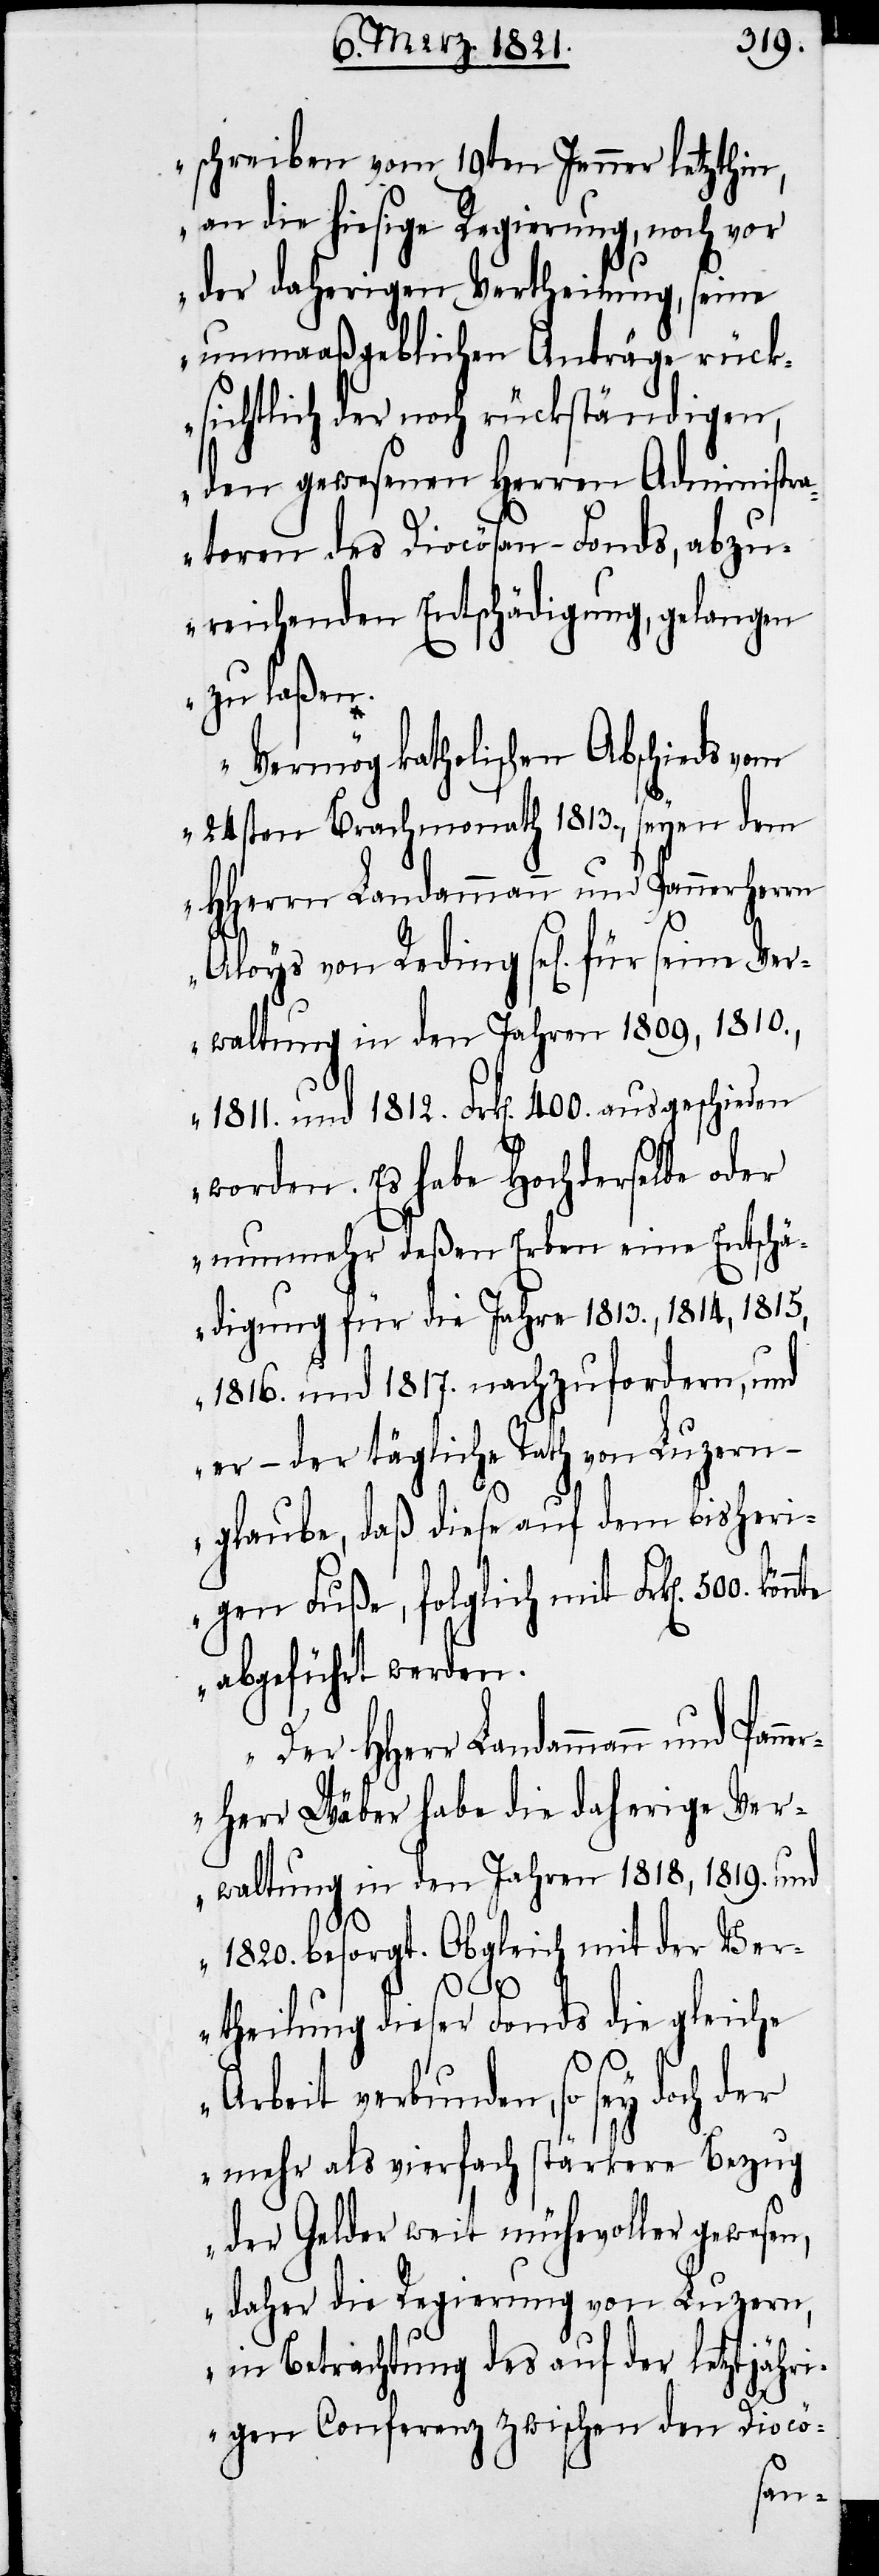
schreiben vom 19ten Jenner letzthin,
an die hiesige Regierung, noch vor
der daherigen Vertheilung, seine
unmaaßgeblichen Anträge rück¬
sichtlich der noch rückständigen,
den gewesenen Herren Administra¬
toren des Diocösan-Fonds, abzu¬
reichenden Entschädigung, gelangen
zu laßen.
Vermög katholischen Abschieds vom
24sten Brachmonath 1813, seyen dem
HHerr Landammann und Pannerher¬
Verwaltung in den Jahren 1809, 1810.,
1811. und 1812. Frk[en]. 400. ausgeschieden
worden. Es habe Hochderselbe oder
nunmehr deßen Erben eine Entschä¬
digung für die Jahre 1813., 1814, 1815,
1816. und 1817. nachzufordern, und
er – der tägliche Rath von Luzern –
glaube, daß diese auf dem bisheri¬
gen Fuße, folglich mit Frk[en]. 500.
abgeführt werden.
r Wäber habe die daherige Ver¬
waltung in den Jahren 1818, 1819. und
1820. besorgt. Obgleich mit der Ver¬
theilung dieser Fonds die gleiche
Arbeit verbunden, so sey doch
mehr als vierfach stärkere Bezug
der Gelder weit mühevoller gewesen,
daher die Regierung von Luzern,
in Betrachtung des auf der letztjähri¬
gen Conferenz zwischen den Diocö-
seine